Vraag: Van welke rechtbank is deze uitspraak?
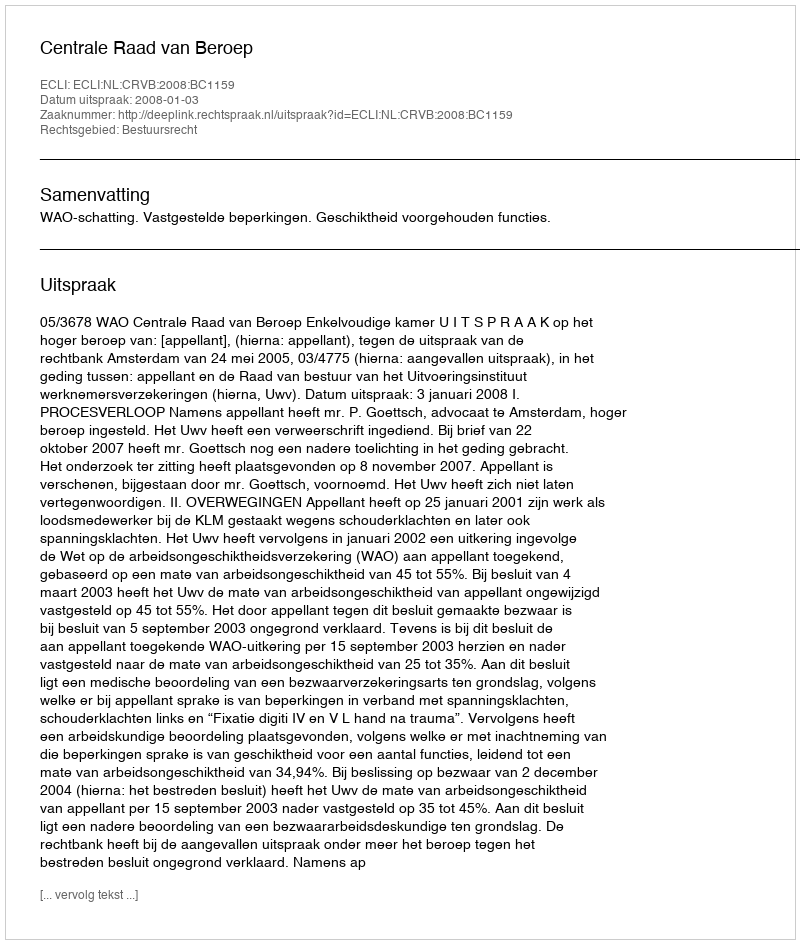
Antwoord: Centrale Raad van Beroep